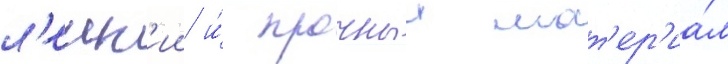
л'егк'ии и́ прочныи мат'ер'иа́л